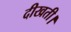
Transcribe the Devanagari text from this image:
दीखती।